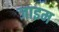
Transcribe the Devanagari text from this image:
जाइम